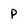
Character: P